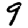
Digit: 9